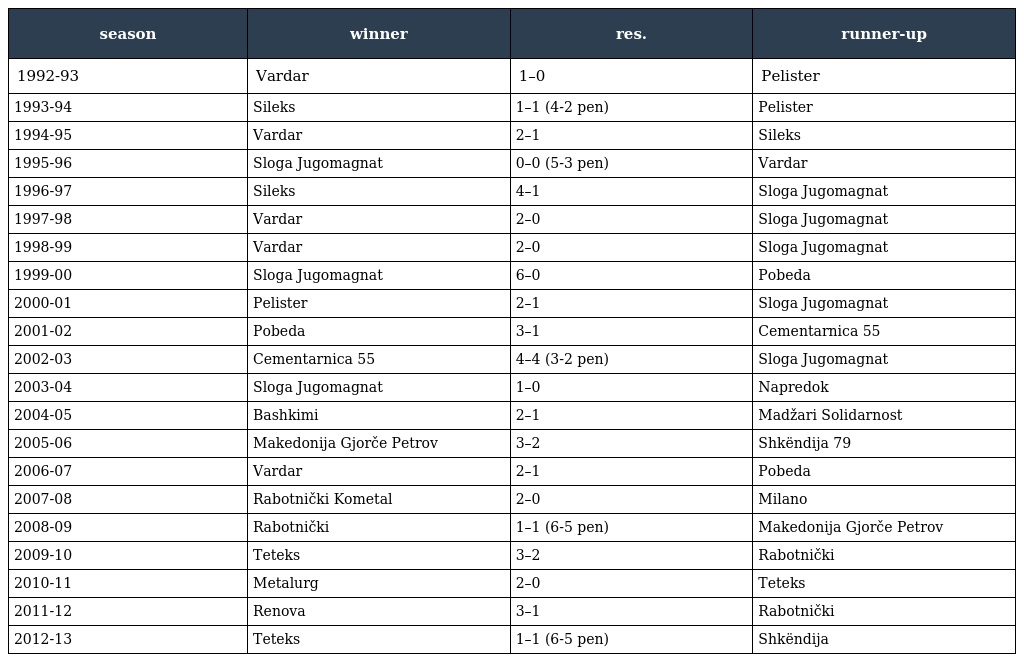
| season | winner | res. | runner-up |
 | --- | --- | --- | --- |
 | 1992-93 | Vardar | 1–0 | Pelister |
 | 1993-94 | Sileks | 1–1 (4-2 pen) | Pelister |
 | 1994-95 | Vardar | 2–1 | Sileks |
 | 1995-96 | Sloga Jugomagnat | 0–0 (5-3 pen) | Vardar |
 | 1996-97 | Sileks | 4–1 | Sloga Jugomagnat |
 | 1997-98 | Vardar | 2–0 | Sloga Jugomagnat |
 | 1998-99 | Vardar | 2–0 | Sloga Jugomagnat |
 | 1999-00 | Sloga Jugomagnat | 6–0 | Pobeda |
 | 2000-01 | Pelister | 2–1 | Sloga Jugomagnat |
 | 2001-02 | Pobeda | 3–1 | Cementarnica 55 |
 | 2002-03 | Cementarnica 55 | 4–4 (3-2 pen) | Sloga Jugomagnat |
 | 2003-04 | Sloga Jugomagnat | 1–0 | Napredok |
 | 2004-05 | Bashkimi | 2–1 | Madžari Solidarnost |
 | 2005-06 | Makedonija Gjorče Petrov | 3–2 | Shkëndija 79 |
 | 2006-07 | Vardar | 2–1 | Pobeda |
 | 2007-08 | Rabotnički Kometal | 2–0 | Milano |
 | 2008-09 | Rabotnički | 1–1 (6-5 pen) | Makedonija Gjorče Petrov |
 | 2009-10 | Teteks | 3–2 | Rabotnički |
 | 2010-11 | Metalurg | 2–0 | Teteks |
 | 2011-12 | Renova | 3–1 | Rabotnički |
 | 2012-13 | Teteks | 1–1 (6-5 pen) | Shkëndija |